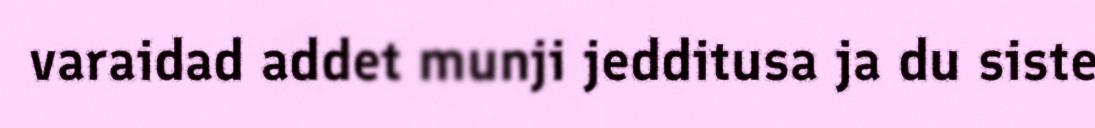
varaidad addet munji jedditusa ja du siste